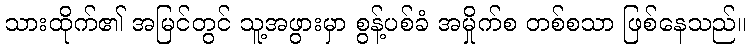
သားထိုက်၏ အမြင်တွင် သူ့အဖွားမှာ စွန့်ပစ်ခံ အမှိုက်စ တစ်စသာ ဖြစ်နေသည်။